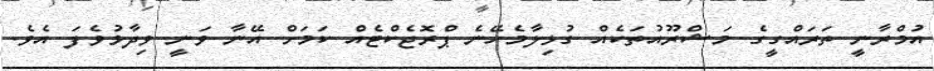
އުމްރާނީ ތަރައްގީގެ މަޝްރޫއުތަކެއް ގުޅިލާމެހޭނެ ޕްރޮޖެކްޓެއް ކަމަށް އޭނާ ވަނީ ވިދާޅުވެފަ އެވެ.